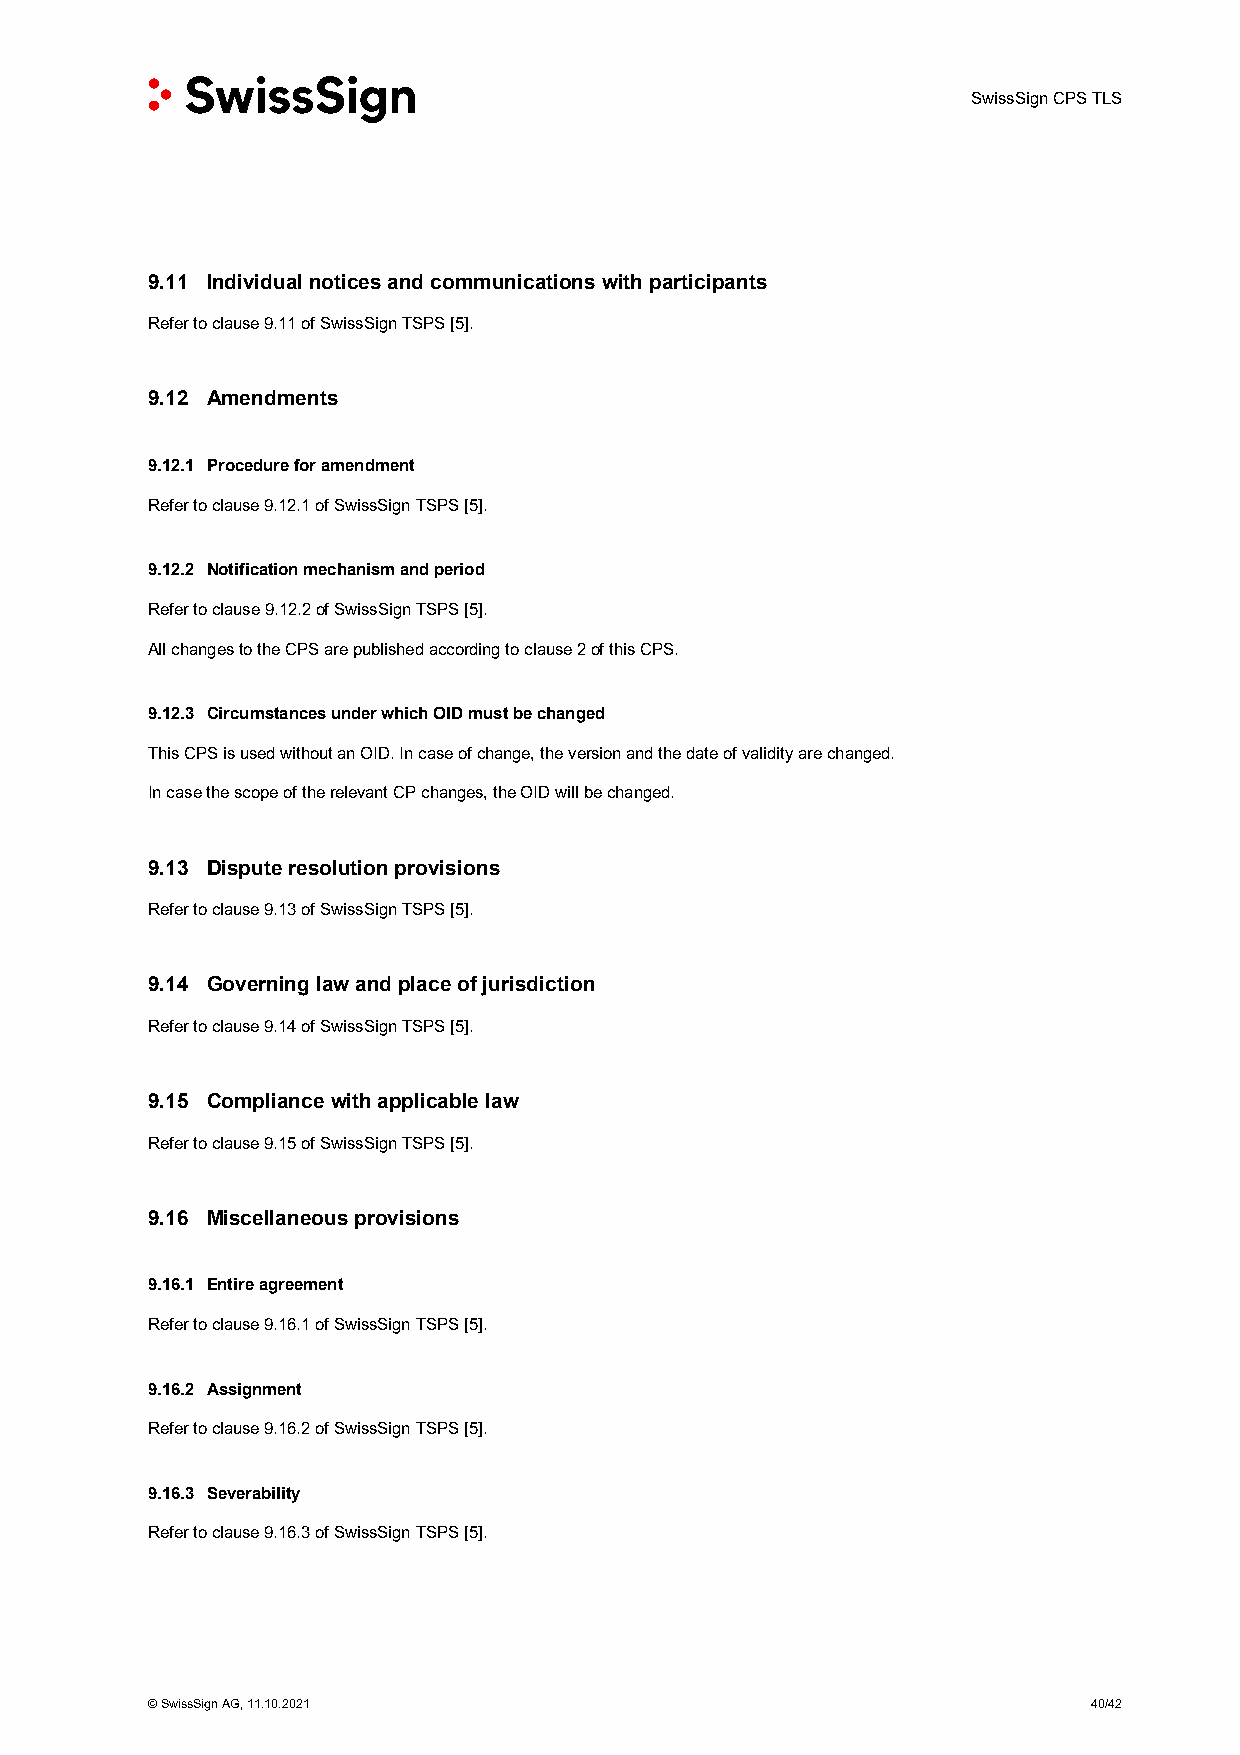
SwissSign CPS TLS
 9.11 Individual notices and communications with participants
 Refer to clause 9.11 of SwissSign TSPS [5].
 9.12 Amendments
 9.12.1 Procedure for amendment
 Refer to clause 9.12.1 of SwissSign TSPS [5].
 9.12.2 Notification mechanism and period
 Refer to clause 9.12.2 of SwissSign TSPS [5].
 All changes to the CPS are published according to clause 2 of this CPS.
 9.12.3 Circumstances under which OID must be changed
 This CPS is used without an OID. In case of change, the version and the date of validity are changed.
 In case the scope of the relevant CP changes, the OID will be changed.
 9.13 Dispute resolution provisions
 Refer to clause 9.13 of SwissSign TSPS [5].
 9.14 Governing law and place of jurisdiction
 Refer to clause 9.14 of SwissSign TSPS [5].
 9.15 Compliance with applicable law
 Refer to clause 9.15 of SwissSign TSPS [5].
 9.16 Miscellaneous provisions
 9.16.1 Entire agreement
 Refer to clause 9.16.1 of SwissSign TSPS [5].
 9.16.2 Assignment
 Refer to clause 9.16.2 of SwissSign TSPS [5].
 9.16.3 Severability
 Refer to clause 9.16.3 of SwissSign TSPS [5].
 © SwissSign AG, 11.10.2021                                    40/42